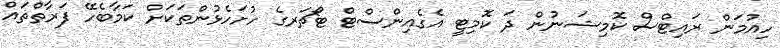
ހިއުމަން ރައިޓްސް ކޮމިޝަނުން ދަ ކޮމިޓީ އެގެއިންސްޓް ޓޯޗަރގެ ހުށަހެޅުންތަކަށް ކަމާބެހޭ ފަރާތްތައް